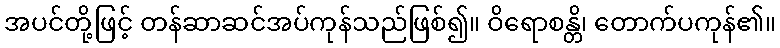
အပင်တို့ဖြင့် တန်ဆာဆင်အပ်ကုန်သည်ဖြစ်၍။ ဝိရောစန္တိ၊ တောက်ပကုန်၏။